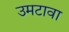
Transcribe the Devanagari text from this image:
उमटावा